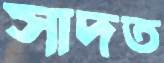
সাদত